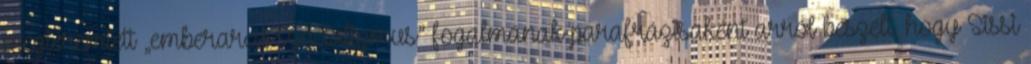
megteremtett „emberarcú szocializmus” fogalmának parafrázisaként arról beszélt, hogy Sissi